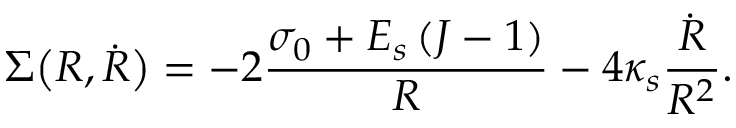
\Sigma \bigl ( R , \dot { R } \bigr ) = - 2 \frac { \sigma _ { 0 } + E _ { s } \left( J - 1 \right) } { R } - 4 \kappa _ { s } \frac { \dot { R } } { R ^ { 2 } } .